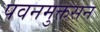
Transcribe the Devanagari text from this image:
पवनमुक्तसन